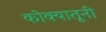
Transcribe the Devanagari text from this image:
कोक्यातूनी